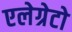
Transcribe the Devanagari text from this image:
एलेग्रेटो